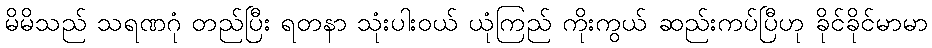
မိမိသည် သရဏဂုံ တည်ပြီး ရတနာ သုံးပါးဝယ် ယုံကြည် ကိုးကွယ် ဆည်းကပ်ပြီဟု ခိုင်ခိုင်မာမာ